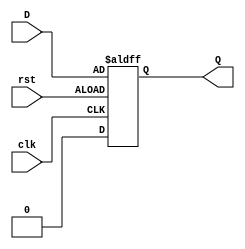
`timescale 1ns / 1ps
//////////////////////////////////////////////////////////////////////////////////
//------------------------------------------------------------------------------------
//------------------------------------------------------------------------------------
//------------------------------------------------------------------------------------
// Module Name: DFlipFlop
// Project Name: Milestone #2
//          Donia Ghazy     900172124
//          Yousef Elwazir  900161060
// Description: DFlipFlop
// Change History:
//                  Last Modified 19/04/2020
//------------------------------------------------------------------------------------
//------------------------------------------------------------------------------------
//------------------------------------------------------------------------------------


module DFlipFlop      (input clk, input rst, input D, output reg Q); 
 
    always @ (posedge clk or posedge rst)  
   if (!rst) begin    
     Q <= 1'b0;   
  end  else begin    
     Q <= D;   
  end 
endmodule